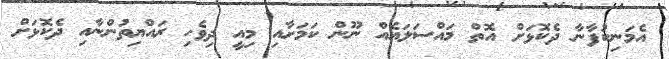
އެމަނިކުފާނާ ދެކޮޅަށް އޮތް މައްސަލައެއް ނޫން ކަމަށާއި މިއީ ދިވެހި ރައްޔިތުންނާއި ދެކޮޅަށް